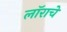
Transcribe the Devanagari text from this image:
लॉराचे